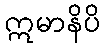
ဣမာနိပိ